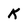
Character: K